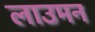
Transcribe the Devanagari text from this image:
लाउमन